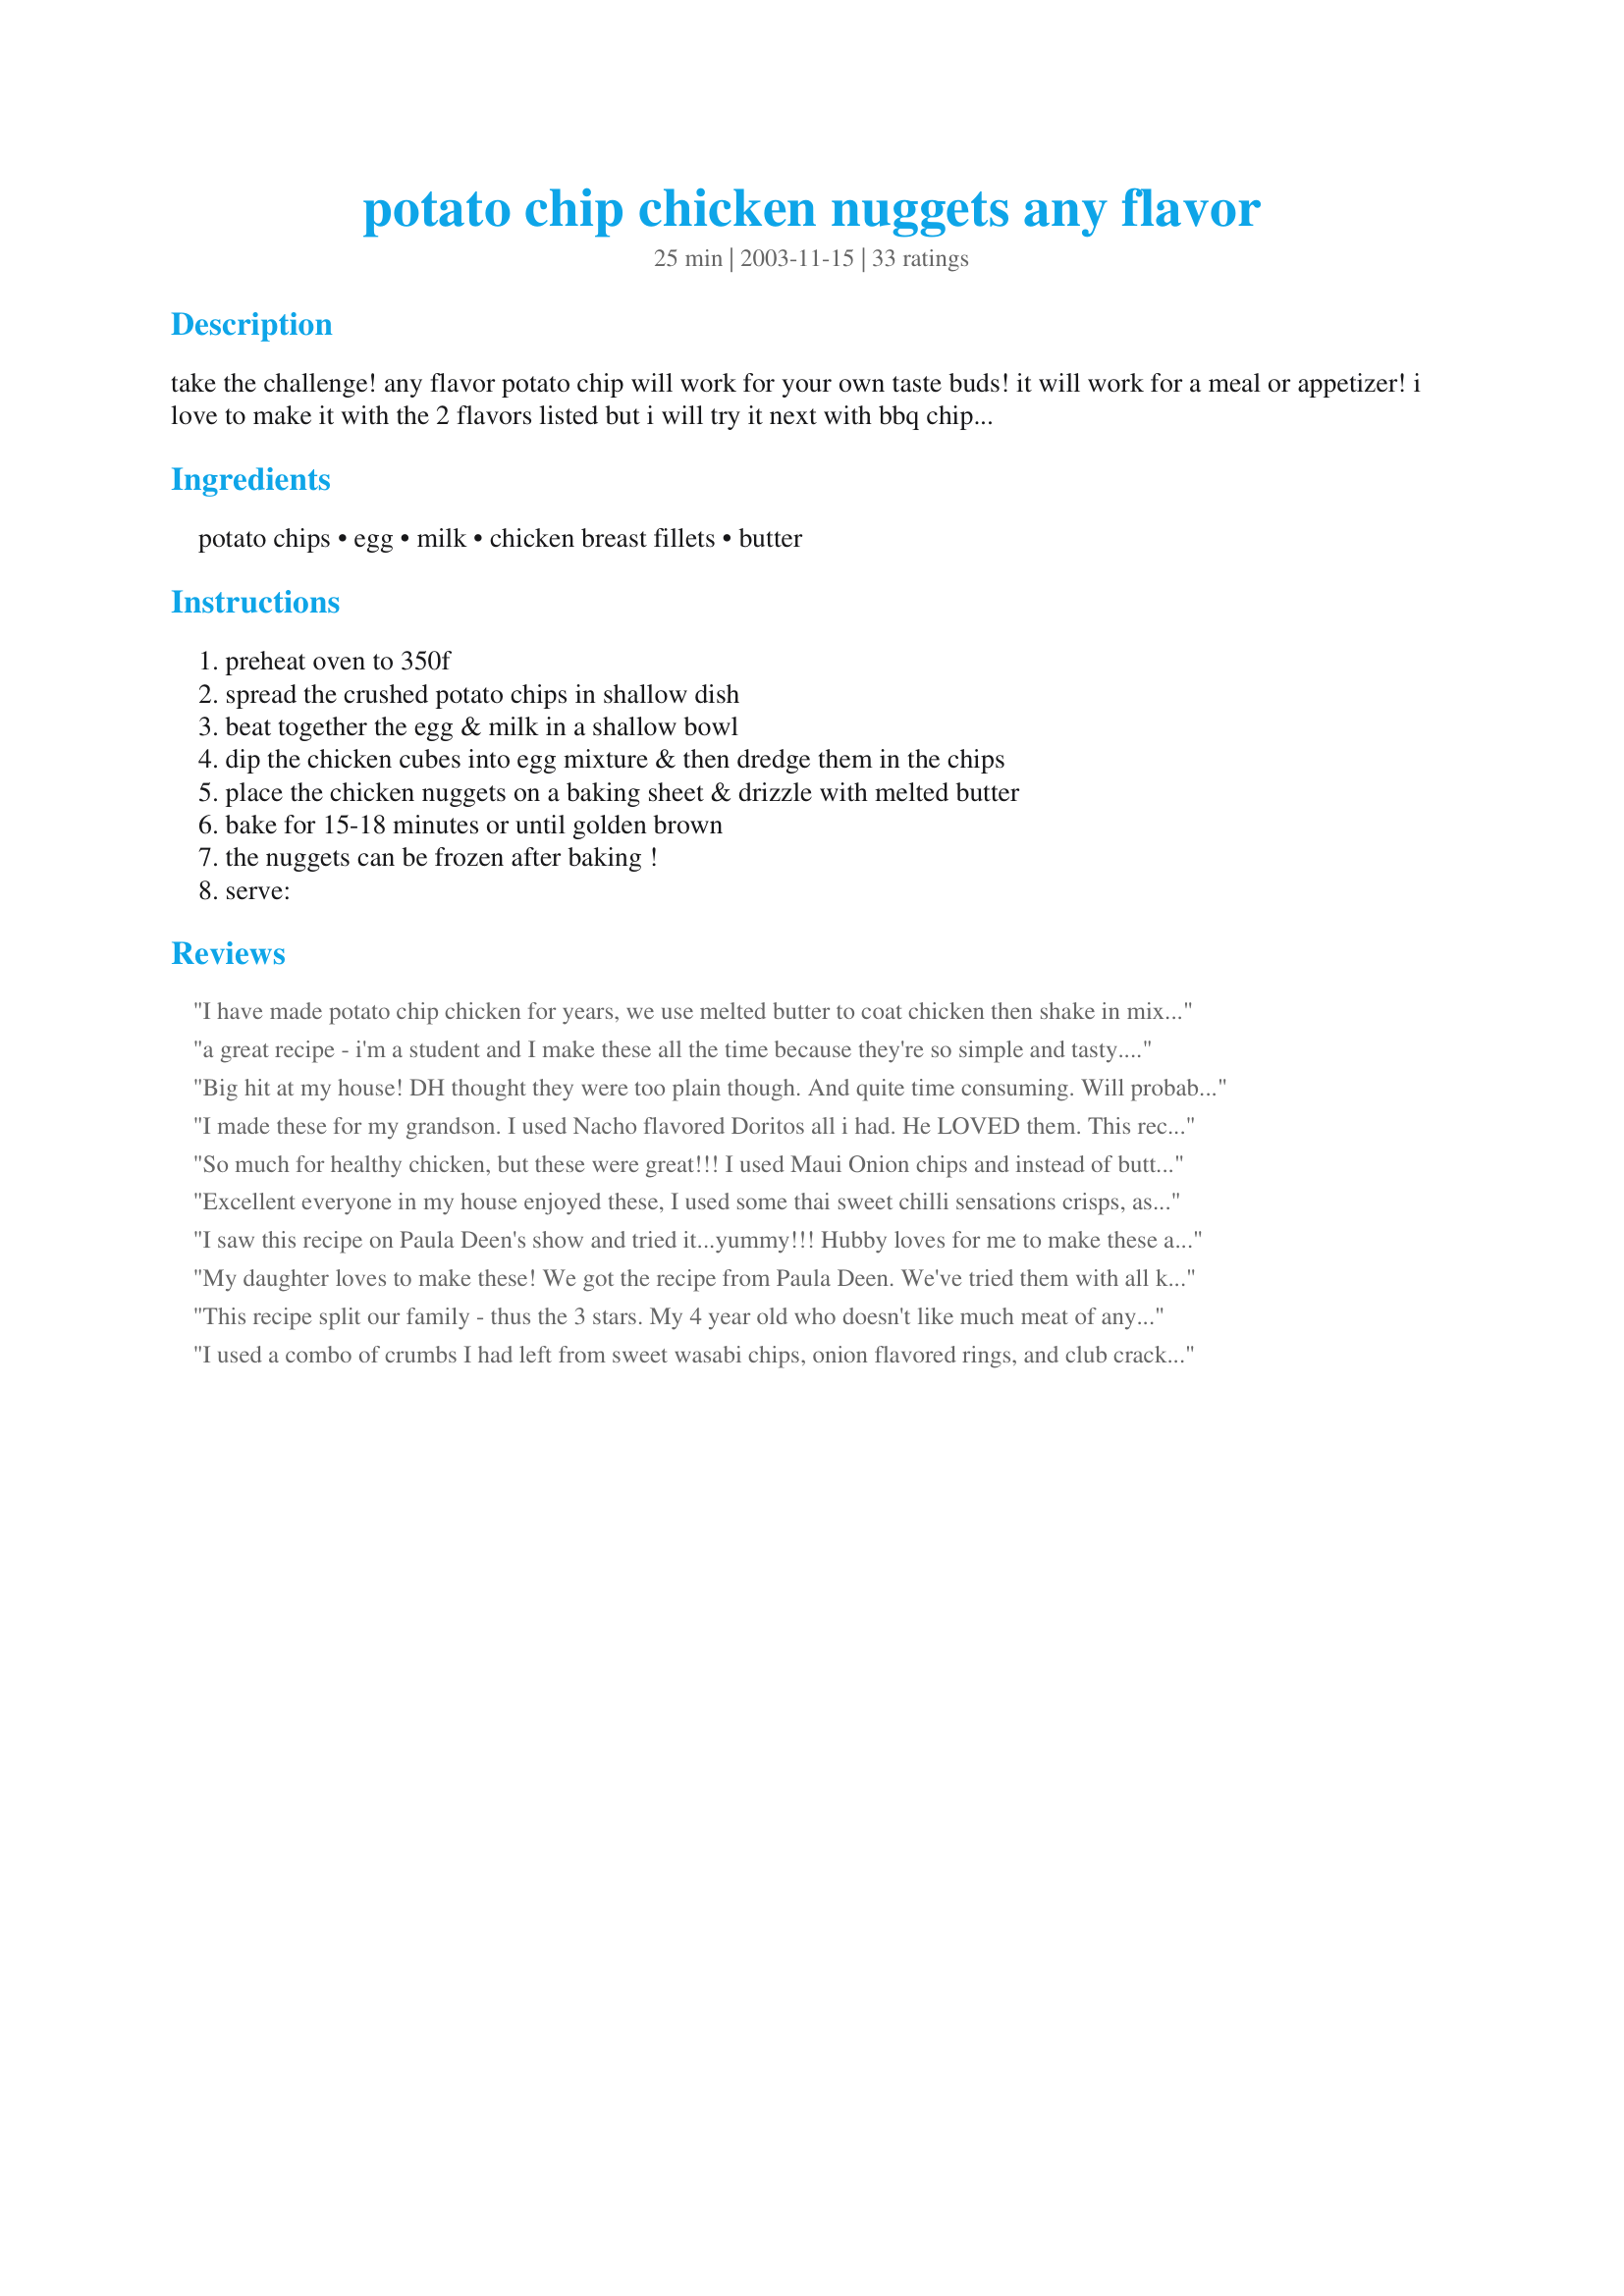
potato chip chicken nuggets any flavor
Preparation time: 25 minutes

take the challenge! any flavor potato chip will work for your own taste buds! it will work for a meal or appetizer! i love to make it with the 2 flavors listed but i will try it next with bbq chips! i saw this on the tv & tried it twice. it is so simple & easy plus tasty. i really enjoyed this & hope you will.

Ingredients:
potato chips, egg, milk, chicken breast fillets, butter

Steps:
preheat oven to 350f, spread the crushed potato chips in shallow dish, beat together the egg & milk in a shallow bowl, dip the chicken cubes into egg mixture & then dredge them in the chips, place the chicken nuggets on a baking sheet & drizzle with melted butter, bake for 15-18 minutes or until golden brown, the nuggets can be frozen after baking !, serve:

Reviews:
I have made potato chip chicken for years, we use melted butter to coat chicken then shake in mixture of crushed potato chips, parm cheese, a few shakes of garlic powder, onion powder, pepper, then bake. Everyone loves them.
a great recipe - i'm a student and I make these all the time because they're so simple and tasty. And it's better than eating shop-bought nuggets made with processed chicken.
Big hit at my house! DH thought they were too plain though. And quite time consuming. Will probably make again
I made these for my grandson. I used Nacho flavored Doritos all i had. He LOVED them. This recipe is going into my grandsons cookbook (for his mommy as a christmas present)
Thanks Tina
So much for healthy chicken, but these were great!!! I used Maui Onion chips and instead of butter used butter flavored spray in an attempt at making them a bit lower fat. Which I'm glad I did, because I gobbled the leftovers up as I was cleaning the kitchen! I'm sure the boys will be asking for these often. Thanks for an easy recipe for one of those I don't feel like cooking days.
Excellent everyone in my house enjoyed these, I used some thai sweet chilli sensations crisps, as everyone thought they were a little to hot on there own, but they were delicious! Very easy to make, with no complaints from the family!! :) I will defiantly make again, probably experimenting with other flavours.
I saw this recipe on Paula Deen's show and tried it...yummy!!! Hubby loves for me to make these and they are so easy. I have only used sour cream and onion chips so far, but would like to try some other flavors too.
My daughter loves to make these! We got the recipe from Paula Deen. We've tried them with all kinds of chips including Baked Lays (not good, they turn out soggy) and our favorite is plain potato chips with Paula's honey-mustard dipping sauce. DH (picky) and DS (2 yrs) also love them.
This recipe split our family - thus the 3 stars. My 4 year old who doesn't like much meat of any kind, LOVED the BBQ ones. I liked the BBQ as well, the sour cream & onion just didn't seem to have much flavor. My husband and 9 year old son just preferred plain old baked chicken to either of the flavors we tried. Prep was easy and it you're wanting something different, it's worth a try.
I used a combo of crumbs I had left from sweet wasabi chips, onion flavored rings, and club crackers. came out crunchy and tasty.
These were terrific. I used BBQ chips. They were a big hit with my 4-year-old, who is addicted to chicken nuggets. He often pushes dinner away, but he eagerly jumped on these and decided that "Mommy makes the best chicken nuggets!" Thanks!
I really liked this - I made double servings (intending to freeze the rest) but ended up finishing them in one meal. I had a little trouble getting the chips to stick to the chicken (I used skinless thigh) and added a little flour which didn't really seem to help. I used a cheap brand of potato chips (sour cream and onion) and omitted the butter. But overall this is a really simple and delicious dish that I'll definitely do again.
Recipes such as this one remind me of recipes I saw as a child on cereal boxes - how to make things with wheat or corn flakes as an ingredient. One common thread? Expensive. Taste good though.
These were pretty good. I made them with sour cream and onion and found they needed a little salt. I will try them next time with salt and pepper chips maybe. The reason I am only rating them as 4 instead of 5 though is I found them too greasy. I think next time I will try them without the butter as I'm not sure it was really necessary. I'll rate it again once I've tried it without the butter. My 3 year old loved them though.
This is a good and easy recipe. My 1 year old daughter loved it, so did my handsome husband. Always a plus to make him happy. That is why I'm getting new rachel ray pans. yippee. oh, back to the recipe, we used sour cream and onion ruffle potato chips and the result equaled new pans. yippee.
I really loved the ease of preparation and unique taste of breading with sour cream and onion chips. However, it just tasted a little salty to me and over-processed (?) from the potato chips. I can't think of any other way to describe it. I think I like bread crumbs with herbs better. DH liked it alot, however.
I couldn't believe it when I saw this recipe! My mother was making potato chip chicken back in the late 60's when we had company! She was using breasts on the bone then. She always used (and still does) plain chips. Adults and kids both love chicken prepared this way! This is a total winner!
Try using chedar fried onion instead of potato chips. Delicious.
Very nice! I used sour cream and onion chips. Next I will try all dressed or dill pickle. I omited the butter as I thpought there was enough fat from the chips. A keeper for sure. :)
These were a huge hit. My kids have dubbed them Chip-N Nuggets. An instant addition to the regular rotation!
I made them with the Sour Cream and Onion Potato Chips - I COULDN'T KEEP MY HANDS OFF THEM! So easy and very delicious. I am trying them next with plain to see how much the flavoring added to them and then with Doritos. 

This recipe was a hit with adults, I have yet to try it on the kids......honestly, I just don't want to share! Thanks Poker, great staple of a recipe.
I really wanted to like this recipe but unfortunately I didn't care for it. I used my favorite sour cream and onion chips and made chicken tenders. They weren't bad fresh from the oven . . .but they weren't outstanding either. My biggest gripe is that the crust became very soggy in the fridge and they weren't good cold and they didn't reheat well. Thanks anyway but I think I'll enjoy my chicken and chips separetely from now on.
Without a doubt 5 stars. We used(separate batches) Maui Onion, Sour Cream & Onion and Doritos. All interesting. Definitely worth experimenting with different flavor combinations! Without a doubt a kid pleaser and new finger food favorite!
We had this for dinner tonight. Everyone loved it. I used the sour cream onion chips. It was easy, fast and delicious. I put the chicken in a bowl, poured the egg/milk mix over it and then placed it in a zip lock with the crushed chips. I put it on the cookie sheet and drizzled the butter over it. I can't wait to try it with different flavored chips. Thanks for posting a great recipe.
I used sour cream and onion chips and they added a lovely flavour to these nuggets. Loved how simple they were to put together and the chicken was lovely and moist. Great idea, can imagine they would be fun to dip with children! Both the fianc&eacute; and I loved these!
Turned out great. Easy to make and inexpensive as a meal or snack. They do not microwave that great as the chip crust loses its crispness, but still tasty.
I had some leftover Kettle brand Honey Dijon potato chips that nobody cared for and thought they'd serve well here. Boy, was I right! By themselves the chips were waaaaaaay too strong, but here they balanced out and so we didn't need any dipping sauce - the "honey mustard" was already baked in! I also used boneless thigh chunks because we prefer them and rather than the egg/milk combo simply dipped the chicken in sour cream (we LOVE sour cream) and then rolled them in the chips. They took quite a bit longer, but then again, my oven is AWFUL! Thanks for this. I also like that this is gluten-free (at least with my ingredients) which is looking as though it will be very important to me moving forward.
Thanks! We used crushed BBQ Ruffle chips. I had problems with crushing them. I used a rolling pin with the chips in a ziplock bag, I should have used a blender or food processor. I'll do that next time. Crunchy and very tasty! We will make this again.
These were so good that the hubby was still talking about them the next morning! We used sweet onion potato chips, and can't wait to try others! This is a truly simple recipe that produces fantastic results. Believe me when I say we will have this often! Thanks so much for posting your recipe, it was wonderful :)
I'm trying this one in my air fryer. I plan on using hot &amp; spicy chips.
I've done this with the bbq chips. Very yummy. I didn't go through the trouble of cutting the chicken up though, just used whole breasts.
These are great hot out of the oven, but don't make extra and think you will have leftovers. They don't keep very well. We used BBQ Kettle chips which tasted great!
We almost never make anything like this but because it was baked in the oven we thought we would try it. We marinated our cubed chicken in BBQ sauce for about an hour or so and then coated with Lay&#039;s BBQ chips. It was good but would recommend using a pan that won&#039;t keep any liquid around the chicken, as mine turned out to be quite soggy on the bottom of the pieces. The top was nice and crunchy, will maybe use a broiler pan next time for drippings to drain into another pan. It was good and we will make it again trying a different kind of chip next time ;) perhaps the sour cream and cheddar ones........
